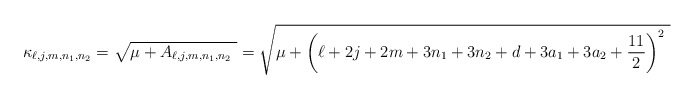
\begin{align*}\kappa _{\ell,j,m,n_1,n_2}=\sqrt{\mu +A_{\ell,j,m,n_1,n_2} \ }=\sqrt{\mu + \left(\ell+2j+2m+3n_1 + 3n_2+ d+3a_1+3a_2+\frac{11}{2}\right)^{2} \ }\end{align*}